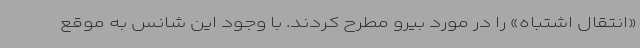
«انتقال اشتباه» را در مورد بیرو مطرح کردند. با وجود این شانس به موقع